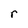
Character: r